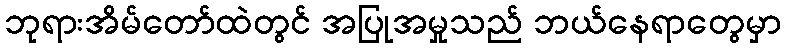
ဘုရားအိမ်တော်ထဲတွင် အပြုအမှုသည် ဘယ်နေရာတွေမှာ